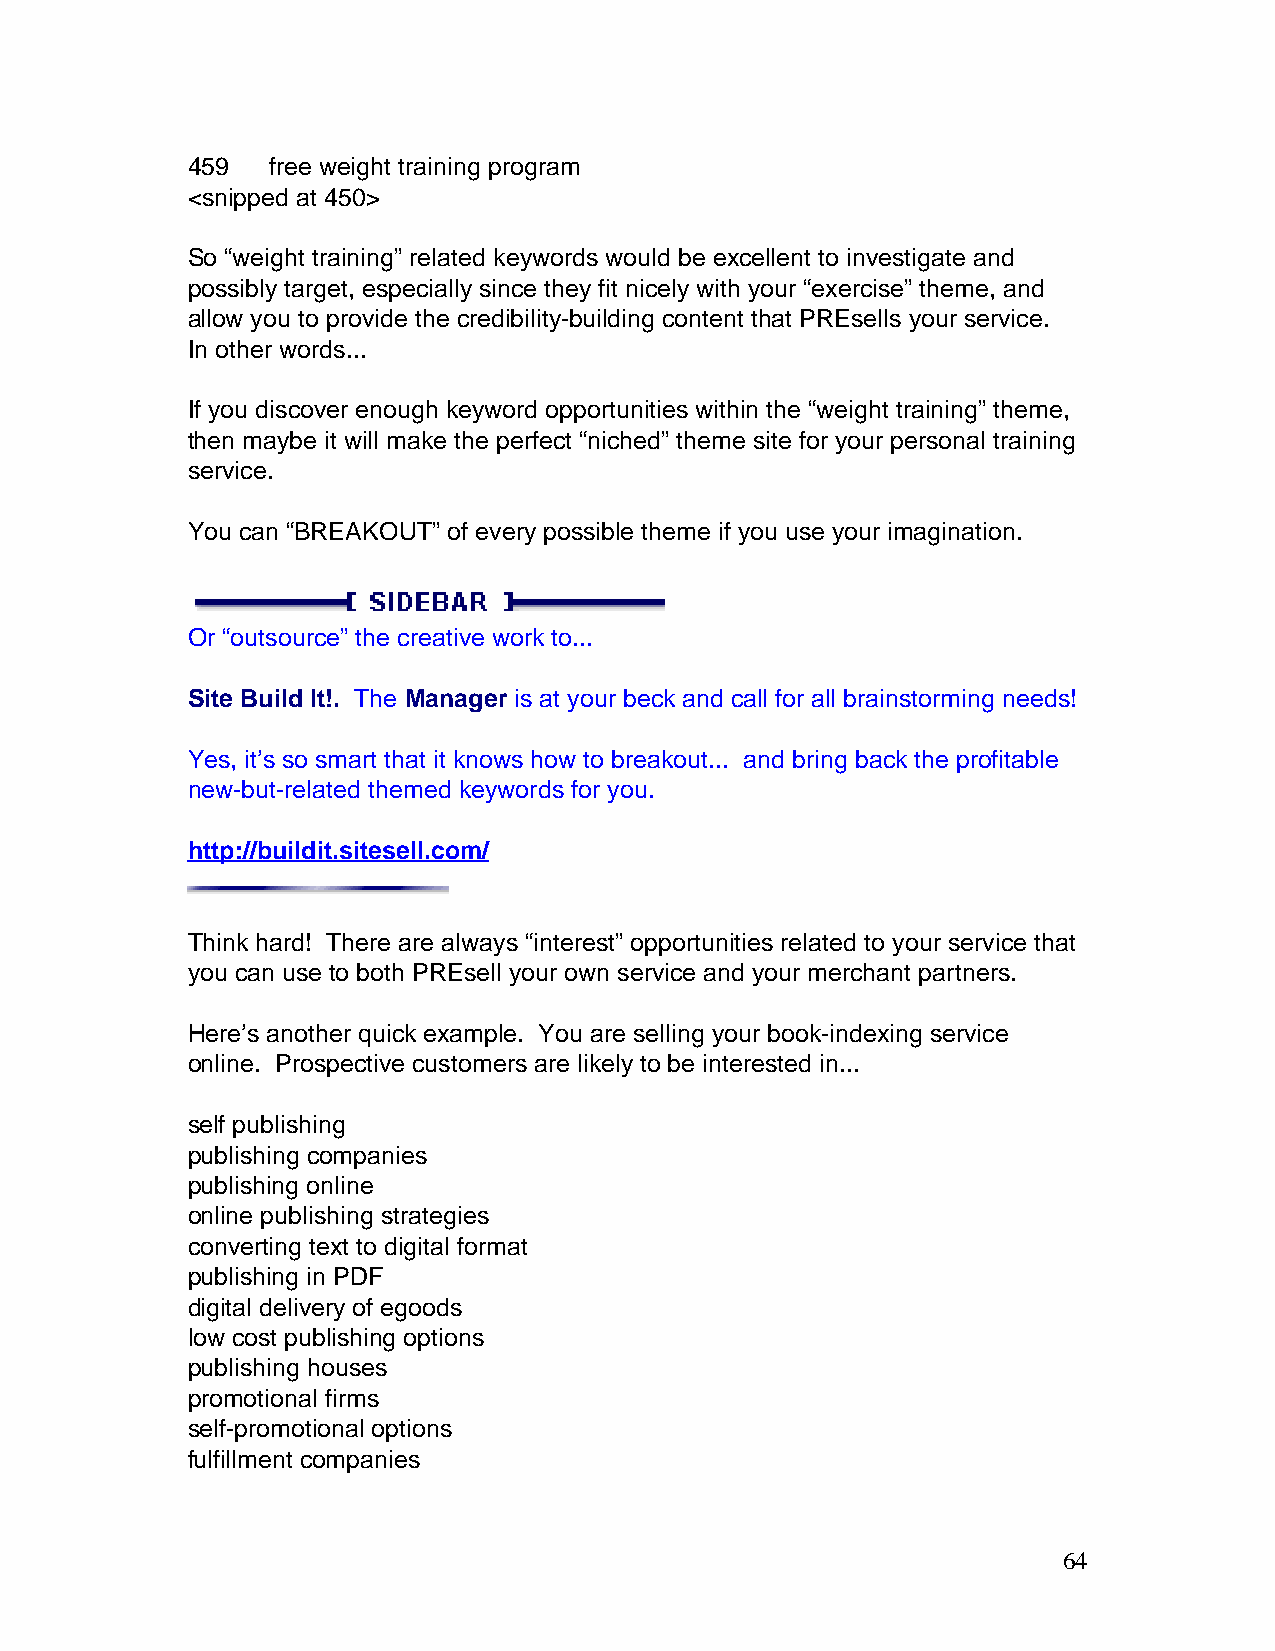
459   free weight training program
 <snipped at 450>
 So “weight training” related keywords would be excellent to investigate and
 possibly target, especially since they fit nicely with your “exercise” theme, and
 allow you to provide the credibility-building content that PREsells your service.
 In other words...
 If you discover enough keyword opportunities within the “weight training” theme,
 then maybe it will make the perfect “niched” theme site for your personal training
 service.
 You can “BREAKOUT” of every possible theme if you use your imagination.
 Or “outsource” the creative work to...
 Site Build It!. The Manager is at your beck and call for all brainstorming needs!
 Yes, it’s so smart that it knows how to breakout... and bring back the profitable
 new-but-related themed keywords for you.
 http://buildit.sitesell.com/
 Think hard! There are always “interest” opportunities related to your service that
 you can use to both PREsell your own service and your merchant partners.
 Here’s another quick example. You are selling your book-indexing service
 online. Prospective customers are likely to be interested in...
 self publishing
 publishing companies
 publishing online
 online publishing strategies
 converting text to digital format
 publishing in PDF
 digital delivery of egoods
 low cost publishing options
 publishing houses
 promotional firms
 self-promotional options
 fulfillment companies
 64